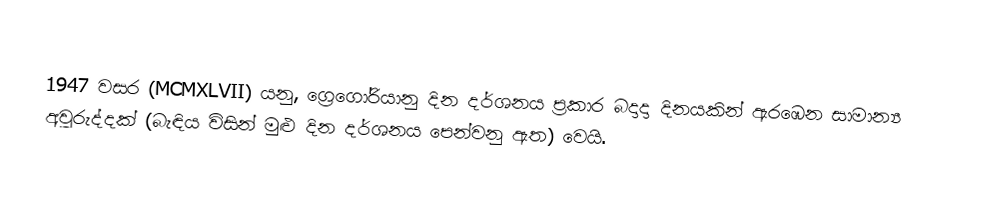

1947 වසර (MCMXLVII) යනු, ග්‍රෙගෝරියානු දින දර්ශනය ප්‍රකාර   බදාදා දිනයකින් ඇරඹෙන සාමාන්‍ය අවුරුද්දක් (බැඳිය විසින් මුළු දින දර්ශනය පෙන්වනු ඇත) වෙයි.